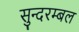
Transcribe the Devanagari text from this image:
सुन्दरम्बल